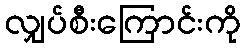
လျှပ်စီးကြောင်းကို